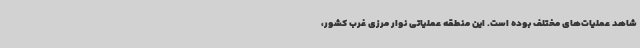
شاهد عملیات‌های مختلف بوده است. این منطقه عملیاتی نوار مرزی غرب کشور،